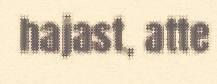
hajast, atte